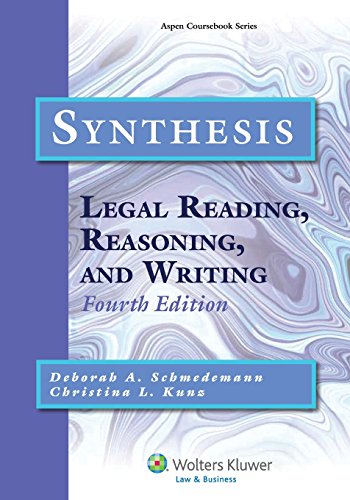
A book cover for Synthesis: Legal Reading, Reasoning, and Writing, Fourth Edition (Aspen Coursebook); Deborah A. Schmedemann; Law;